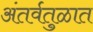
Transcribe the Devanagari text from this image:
अंतर्वतुळात